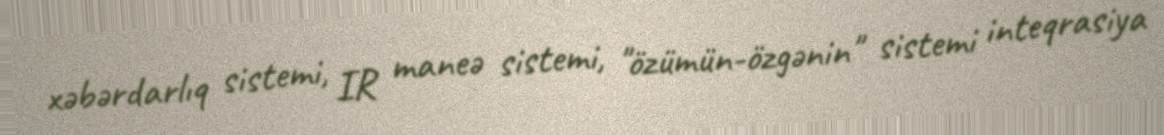
xəbərdarlıq sistemi, IR maneə sistemi, "özümün-özgənin" sistemi inteqrasiya